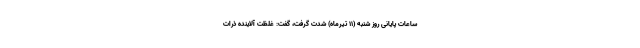
ساعات پایانی روز شنبه (۱۱ تیرماه) شدت گرفت، گفت: غلظت آلاینده ذرات